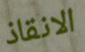
الانقاذ